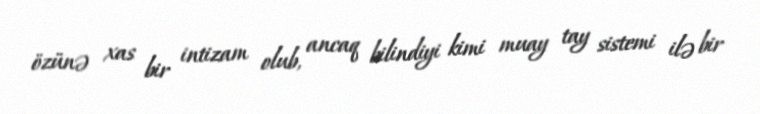
özünə xas bir intizam olub, ancaq bilindiyi kimi muay tay sistemi ilə bir